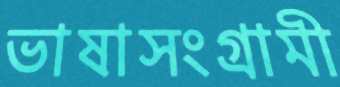
ভাষাসংগ্রামী